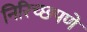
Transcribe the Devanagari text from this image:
निरिच्छपणे